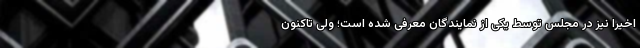
اخیرا نیز در مجلس توسط یکی از نمایندگان معرفی شده است؛ ولی تاکنون